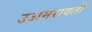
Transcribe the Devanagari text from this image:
उअमरावती